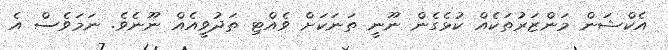
އެކްޝަން މަންޒަރުތަކެއް ކުޅެގެން ނޫނީ ތަނަކަށް ވެއްޓި ތަދުވީއެއް ނޫނެވެ. ނަމަވެސް އެ